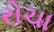
રોચા